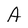
Character: A